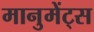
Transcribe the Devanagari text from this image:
मानुमेंट्स